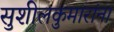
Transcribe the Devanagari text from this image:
सुशीलकुमारांना